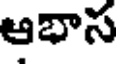
ఆభాస